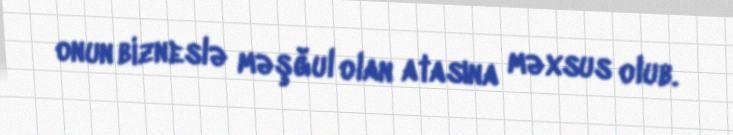
onun bizneslə məşğul olan atasına məxsus olub.